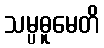
သမ္ပဓူမေတိ